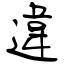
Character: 違